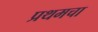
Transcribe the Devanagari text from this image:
प्रथमचा